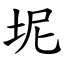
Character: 坭